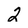
Character: 2